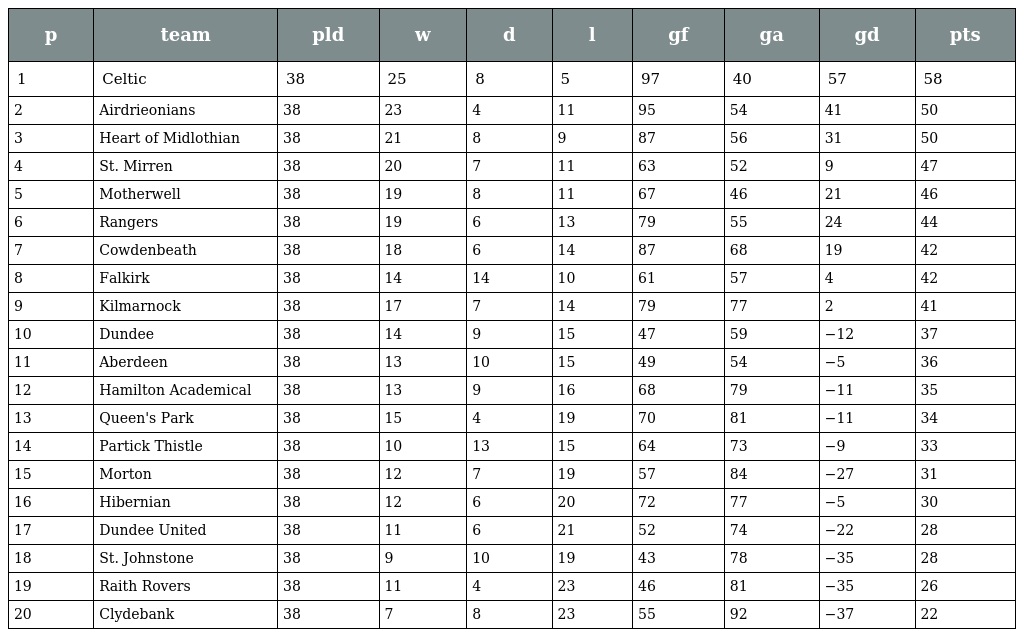
| p | team | pld | w | d | l | gf | ga | gd | pts |
 | --- | --- | --- | --- | --- | --- | --- | --- | --- | --- |
 | 1 | Celtic | 38 | 25 | 8 | 5 | 97 | 40 | 57 | 58 |
 | 2 | Airdrieonians | 38 | 23 | 4 | 11 | 95 | 54 | 41 | 50 |
 | 3 | Heart of Midlothian | 38 | 21 | 8 | 9 | 87 | 56 | 31 | 50 |
 | 4 | St. Mirren | 38 | 20 | 7 | 11 | 63 | 52 | 9 | 47 |
 | 5 | Motherwell | 38 | 19 | 8 | 11 | 67 | 46 | 21 | 46 |
 | 6 | Rangers | 38 | 19 | 6 | 13 | 79 | 55 | 24 | 44 |
 | 7 | Cowdenbeath | 38 | 18 | 6 | 14 | 87 | 68 | 19 | 42 |
 | 8 | Falkirk | 38 | 14 | 14 | 10 | 61 | 57 | 4 | 42 |
 | 9 | Kilmarnock | 38 | 17 | 7 | 14 | 79 | 77 | 2 | 41 |
 | 10 | Dundee | 38 | 14 | 9 | 15 | 47 | 59 | −12 | 37 |
 | 11 | Aberdeen | 38 | 13 | 10 | 15 | 49 | 54 | −5 | 36 |
 | 12 | Hamilton Academical | 38 | 13 | 9 | 16 | 68 | 79 | −11 | 35 |
 | 13 | Queen's Park | 38 | 15 | 4 | 19 | 70 | 81 | −11 | 34 |
 | 14 | Partick Thistle | 38 | 10 | 13 | 15 | 64 | 73 | −9 | 33 |
 | 15 | Morton | 38 | 12 | 7 | 19 | 57 | 84 | −27 | 31 |
 | 16 | Hibernian | 38 | 12 | 6 | 20 | 72 | 77 | −5 | 30 |
 | 17 | Dundee United | 38 | 11 | 6 | 21 | 52 | 74 | −22 | 28 |
 | 18 | St. Johnstone | 38 | 9 | 10 | 19 | 43 | 78 | −35 | 28 |
 | 19 | Raith Rovers | 38 | 11 | 4 | 23 | 46 | 81 | −35 | 26 |
 | 20 | Clydebank | 38 | 7 | 8 | 23 | 55 | 92 | −37 | 22 |